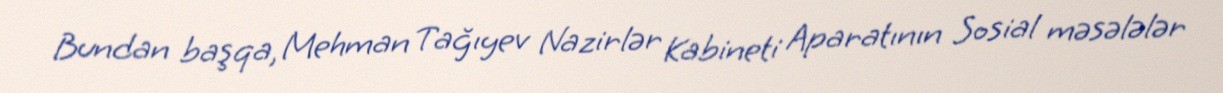
Bundan başqa, Mehman Tağıyev Nazirlər Kabineti Aparatının Sosial məsələlər